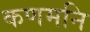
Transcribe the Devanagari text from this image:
कणमनि